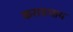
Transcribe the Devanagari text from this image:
करायचाय